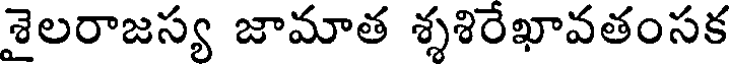
శైలరాజస్య జామాత శ్శశిరేఖావతంసక